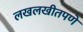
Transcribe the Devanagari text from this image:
लखलखीतपणे